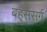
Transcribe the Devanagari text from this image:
बहुसंसर्ग